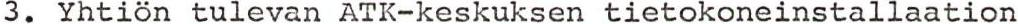
3. Yhtiön tulevan ATK-keskuksen tietokoneinstallaation